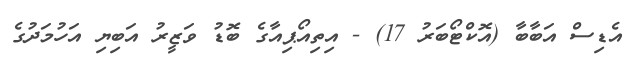
އެޑިސް އަބާބާ (އޮކްޓޯބަރު 17) - އިތިއޯޕިއާގެ ބޮޑު ވަޒީރު އަބިޔި އަހުމަދުގެ